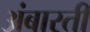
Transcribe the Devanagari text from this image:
अंबारती